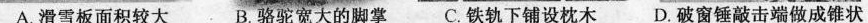
A.滑雪板面积较大 B.骆驼宽大的脚掌C.铁轨下铺设枕木D.破窗锤敲击端做成锥状